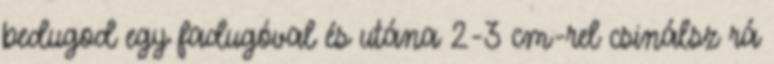
bedugod egy fadugóval és utána 2-3 cm-rel csinálsz rá